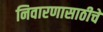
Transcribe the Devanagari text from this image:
निवारणासाठीचे